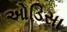
ઓડિસા